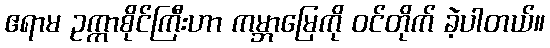
ဧရာမ ဥက္ကာစိုင်ကြီးဟာ ကမ္ဘာမြေကို ဝင်တိုက် ခဲ့ပါတယ်။